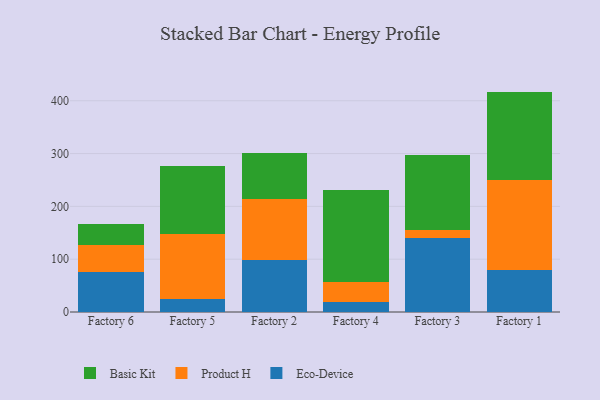
{"axis": {"x": "Factory", "y": "Backlog"}, "legend": ["Basic Kit", "Eco-Device", "Product H"], "data": [{"x": "Factory 6", "y": 75.4, "type": "Eco-Device"}, {"x": "Factory 6", "y": 51.8, "type": "Product H"}, {"x": "Factory 6", "y": 39.0, "type": "Basic Kit"}, {"x": "Factory 5", "y": 25.0, "type": "Eco-Device"}, {"x": "Factory 5", "y": 123.1, "type": "Product H"}, {"x": "Factory 5", "y": 127.5, "type": "Basic Kit"}, {"x": "Factory 2", "y": 99.0, "type": "Eco-Device"}, {"x": "Factory 2", "y": 115.9, "type": "Product H"}, {"x": "Factory 2", "y": 86.6, "type": "Basic Kit"}, {"x": "Factory 4", "y": 18.2, "type": "Eco-Device"}, {"x": "Factory 4", "y": 38.8, "type": "Product H"}, {"x": "Factory 4", "y": 173.6, "type": "Basic Kit"}, {"x": "Factory 3", "y": 140.5, "type": "Eco-Device"}, {"x": "Factory 3", "y": 14.1, "type": "Product H"}, {"x": "Factory 3", "y": 142.8, "type": "Basic Kit"}, {"x": "Factory 1", "y": 79.1, "type": "Eco-Device"}, {"x": "Factory 1", "y": 170.4, "type": "Product H"}, {"x": "Factory 1", "y": 167.8, "type": "Basic Kit"}]}